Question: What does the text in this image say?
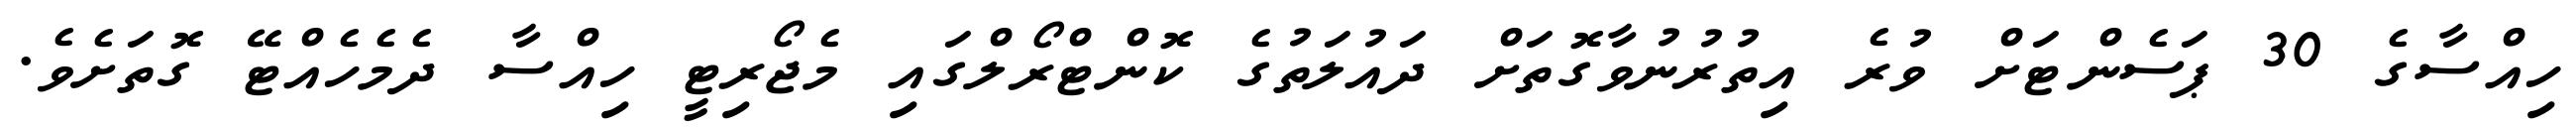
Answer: ހިއްސާގެ 30 ޕަސެންޓަށް ވުރެ އިތުރުނުވާގޮތަށް ދައުލަތުގެ ކޮންޓްރޯލްގައި މެޖޯރިޓީ ހިއްސާ ދެމެހެއްޓޭ ގޮތަށެވެ.